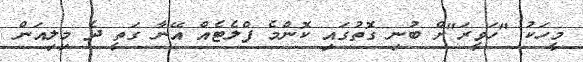
މީހަކު "ހަވީރަ"ށް ބުނި ގޮތުގައި ކޮންމެ ފްލެޓެއް އޭނާ ގަތީ ދެ މިލިއަން